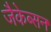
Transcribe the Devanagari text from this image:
जैकेब्सन